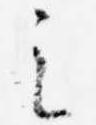
之